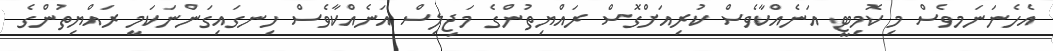
އެހެނަނަމވެސް މި ކޮމިޓީ އަނެއްކާވެސް ކުރިއަށްގޮސް ރައްޔިތުންގެ މަޖިލިސް އަނެއްކާވެސް ހިނގައިގަންނަކަމީ ރައްޔިތުންގެ